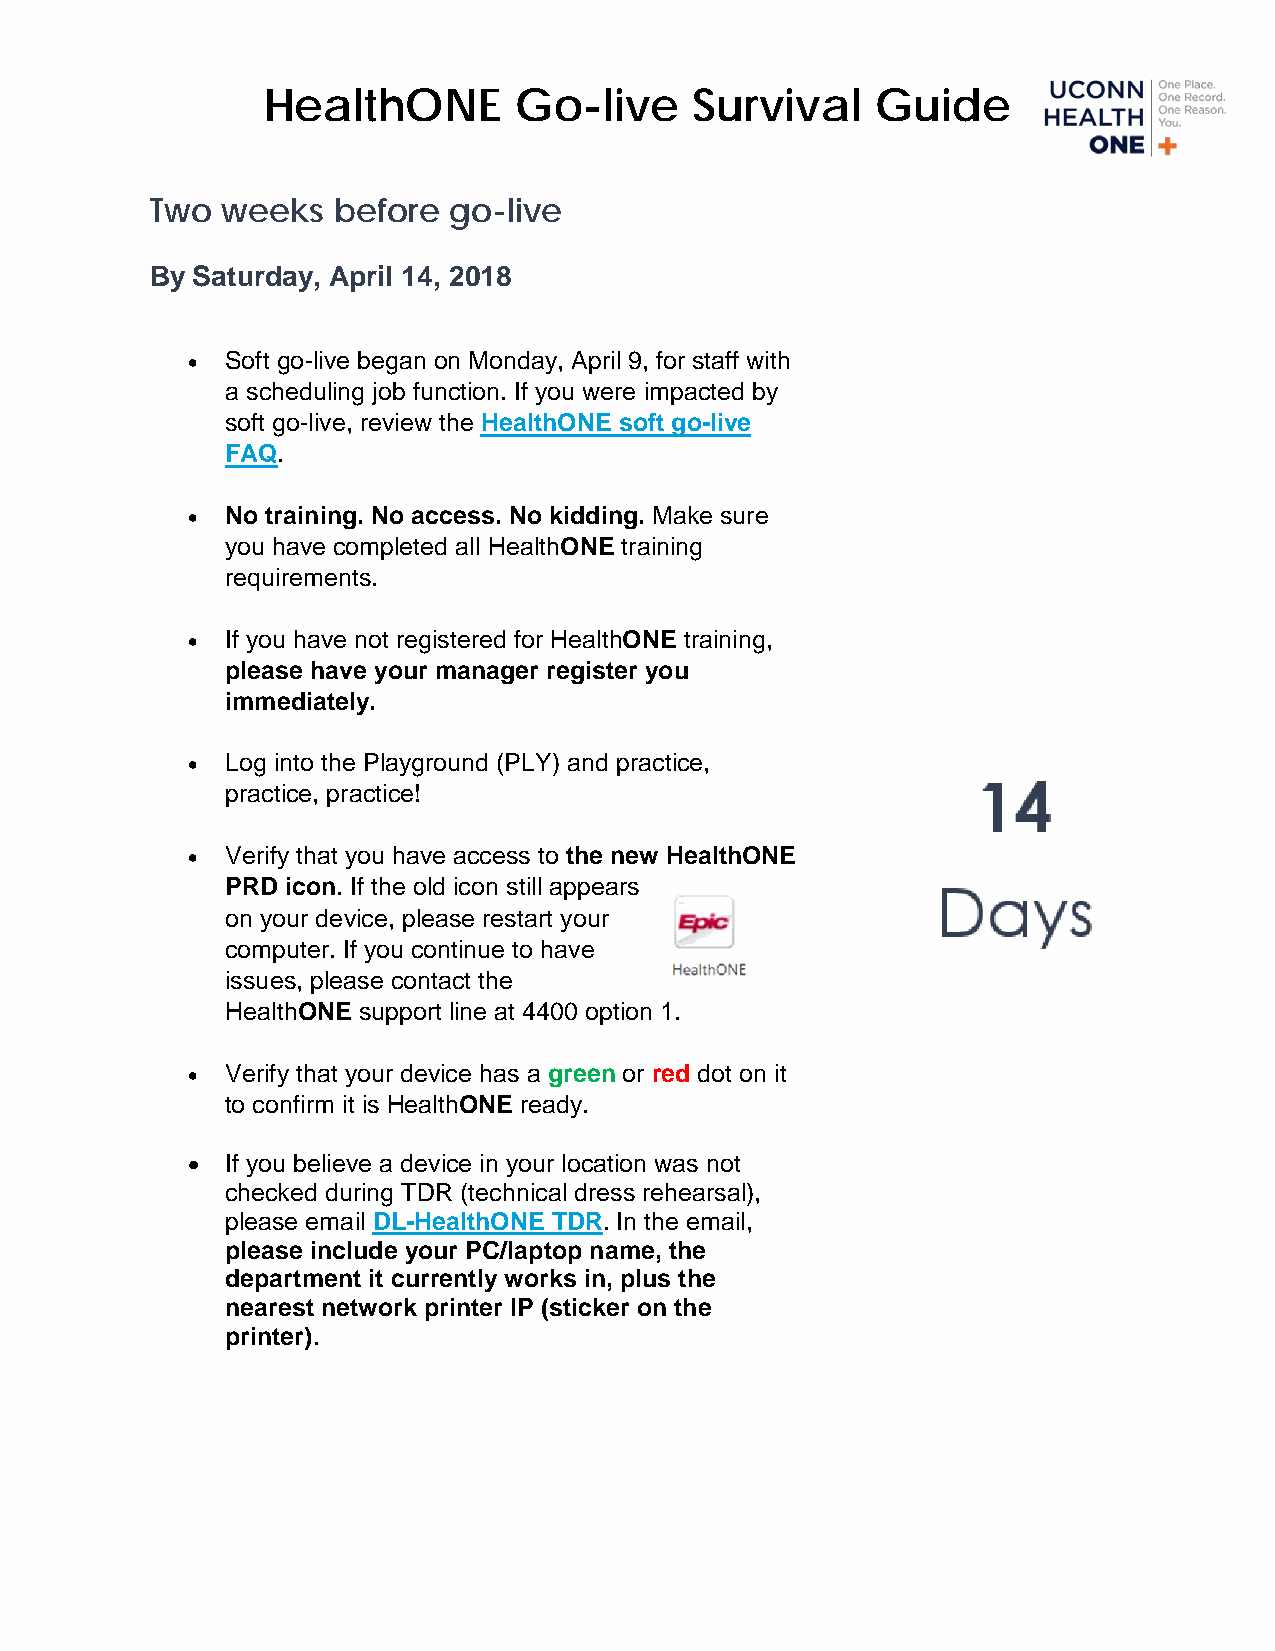
HealthONE        Go-live     Survival    Guide
 Two  weeks  before  go-live
 By Saturday, April 14, 2018
 •  Soft go-live began on Monday, April 9, for staff with
 a scheduling job function. If you were impacted by
 soft go-live, review the HealthONE soft go-live
 FAQ.
 •  No training. No access. No kidding. Make sure
 you have completed all HealthONE training
 requirements.
 •  If you have not registered for HealthONE training,
 please have your manager register you
 immediately.
 •  Log into the Playground (PLY) and practice,
 practice, practice!
 •  Verify that you have access to the new HealthONE
 PRD icon. If the old icon still appears
 on your device, please restart your
 computer. If you continue to have
 issues, please contact the
 HealthONE support line at 4400 option 1.
 •  Verify that your device has a green or red dot on it
 to confirm it is HealthONE ready.
 •  If you believe a device in your location was not
 checked during TDR (technical dress rehearsal),
 please email DL-HealthONE TDR. In the email,
 please include your PC/laptop name, the
 department it currently works in, plus the
 nearest network printer IP (sticker on the
 printer).